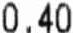
0.40